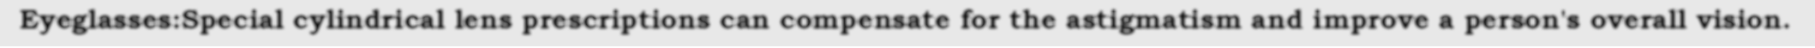
Eyeglasses:Special cylindrical lens prescriptions can compensate for the astigmatism and improve a person's overall vision.